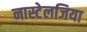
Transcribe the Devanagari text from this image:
नास्टेलजिया